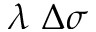
\lambda ~ \Delta \sigma